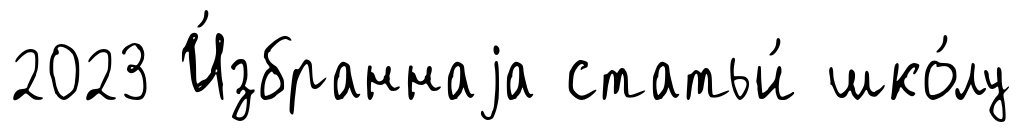
2023 И́збраннаjа статьи́ шко́лу